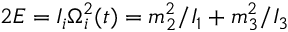
2 E = I _ { i } \Omega _ { i } ^ { 2 } ( t ) = m _ { 2 } ^ { 2 } / I _ { 1 } + m _ { 3 } ^ { 2 } / I _ { 3 }